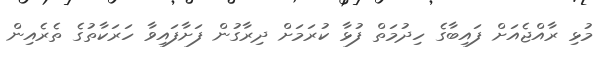
މުޅި ރާއްޖެއަށް ފައިބާގެ ހިދުމަތް ފުޅާ ކުރަމަށް ދިރާގުން ފަށާފައިވާ ހަރަކާތުގެ ތެރެއިން